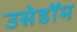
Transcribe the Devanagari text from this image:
उसेडॉम